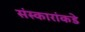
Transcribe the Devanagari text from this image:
संस्कारांकडे